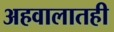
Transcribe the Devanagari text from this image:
अहवालातही